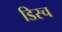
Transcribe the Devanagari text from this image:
डिस्च